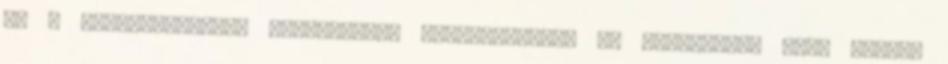
az ő meglátásaikat, érdekeiket, kívánságaikat is figyelembe kell venni,